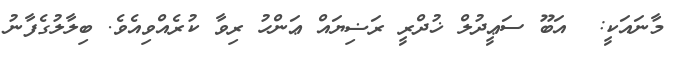
މާނައަކީ:  އަބޫ ސަޢީދުލް ޚުދްރީ ރަޟިޔައް ޢަންހު ރިވާ ކުރެއްވިއެވެ. ބިލާލުގެފާނު